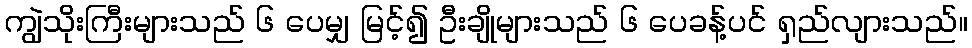
ကျွဲသိုးကြီးများသည် ၆ ပေမျှ မြင့်၍ ဦးချိုများသည် ၆ ပေခန့်ပင် ရှည်လျားသည်။